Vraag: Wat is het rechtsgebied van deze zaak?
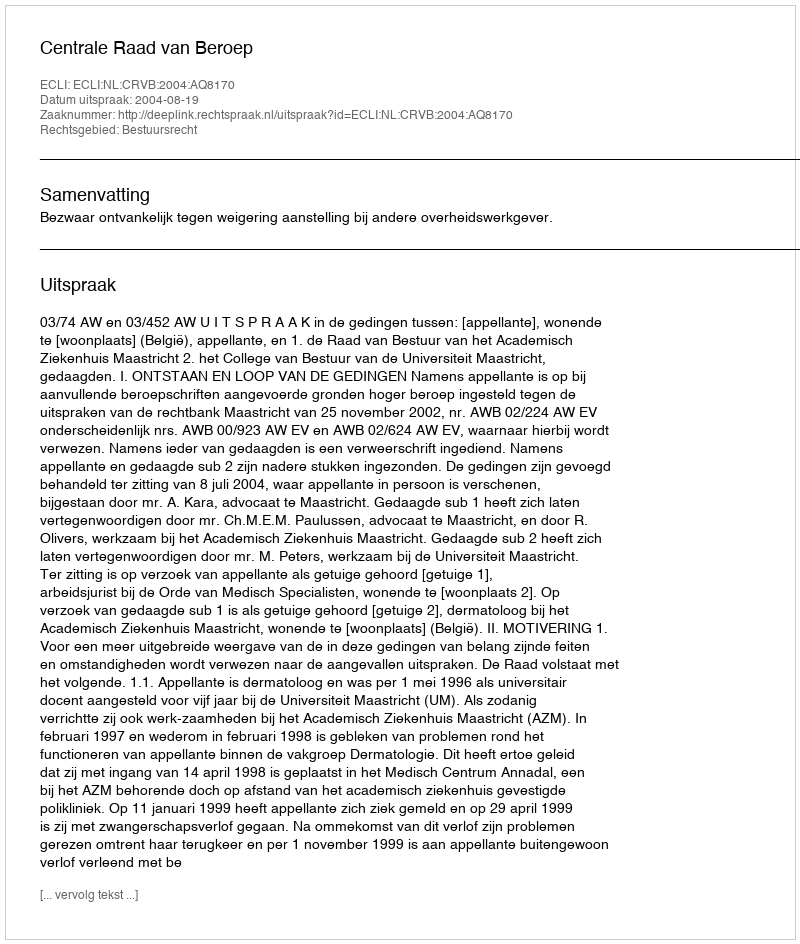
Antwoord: Bestuursrecht